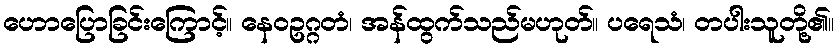
ဟောပြောခြင်းကြောင့်။ နေဝဥဂ္ဂတံ၊ အန်ထွက်သည်မဟုတ်။ ပရေသံ၊ တပါးသူတို့၏။